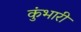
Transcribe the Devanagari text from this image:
कुंभारी